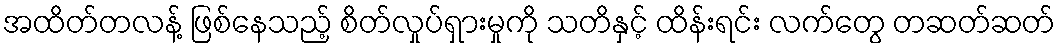
အထိတ်တလန့် ဖြစ်နေသည့် စိတ်လှုပ်ရှားမှုကို သတိနှင့် ထိန်းရင်း လက်တွေ တဆတ်ဆတ်